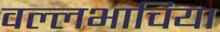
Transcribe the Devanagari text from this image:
वल्लभाचिया